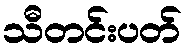
သီတင်းပတ်